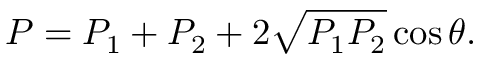
P = P _ { 1 } + P _ { 2 } + 2 \sqrt { P _ { 1 } P _ { 2 } } \cos \theta .